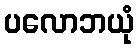
ပလောဘယုံ